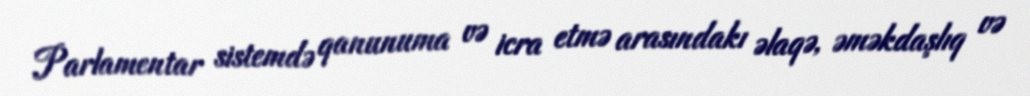
Parlamentar sistemdə qanunuma və icra etmə arasındakı əlaqə, əməkdaşlıq və